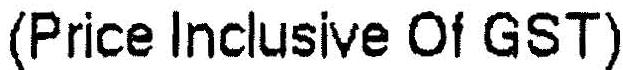
(PRICE INCLUSIVE OF GST)